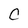
Character: c